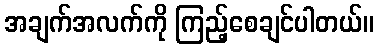
အချက်အလက်ကို ကြည့်စေချင်ပါတယ်။